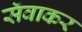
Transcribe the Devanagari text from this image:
सॅवाकर